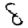
Digit: 8